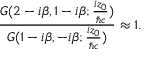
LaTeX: \frac { G ( 2 - i { \beta } , 1 - i { \beta } ; \frac { i z _ { 0 } } { { \hbar } c } ) } { G ( 1 - i { \beta } , - i { \beta } ; \frac { i z _ { 0 } } { { \hbar } c } ) } \approx 1 .